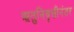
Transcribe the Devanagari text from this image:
ऋतुनिवृत्तीनंतर